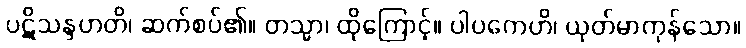
ပဋိသန္ဒဟတိ၊ ဆက်စပ်၏။ တသ္မာ၊ ထိုကြောင့်။ ပါပကေဟိ၊ ယုတ်မာကုန်သော။